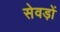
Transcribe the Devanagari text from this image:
सेवड़ों